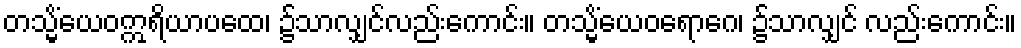
တသ္မိံယေဝဣရိယာပထေ၊ ၌သာလျှင်လည်းကောင်း။ တသ္မိံယေဝရောဂေ၊ ၌သာလျှင် လည်းကောင်း။